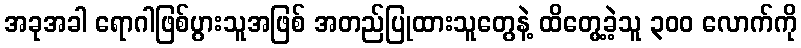
အခုအခါ ရောဂါဖြစ်ပွားသူအဖြစ် အတည်ပြုထားသူတွေနဲ့ ထိတွေ့ခဲ့သူ ၃၀၀ လောက်ကို